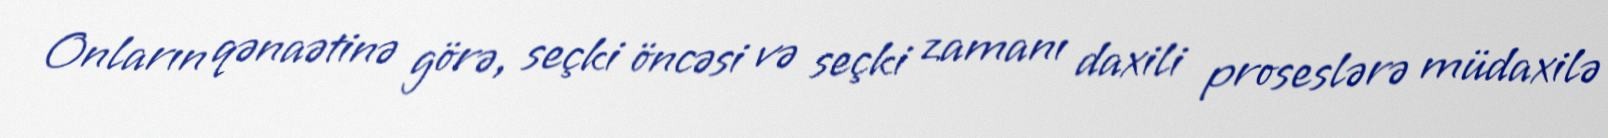
Onların qənaətinə görə, seçki öncəsi və seçki zamanı daxili proseslərə müdaxilə